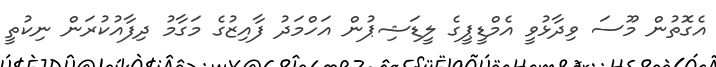
އެގޮތުން މޫސަ ވިދާޅުވީ އެމްޑީޕީގެ ލީޑަޝިޕުން އަހްމަދު ފާއިޒުގެ މަގާމު ދިފާއުކުރަން ނިކުތީ